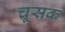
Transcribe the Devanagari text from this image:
चूसक